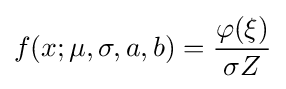
f(x;\mu ,\sigma ,a,b)={\frac {\varphi (\xi )}{\sigma Z}}